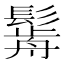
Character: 𩮣